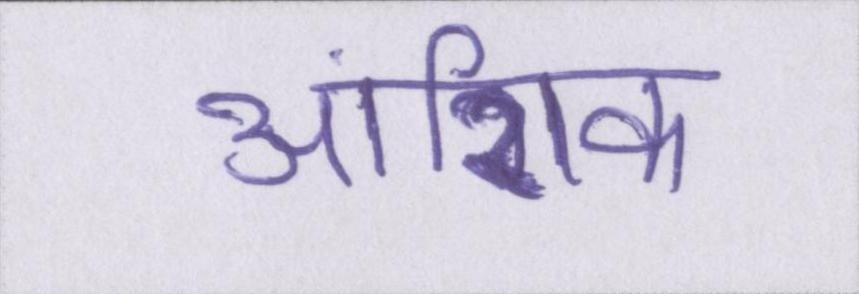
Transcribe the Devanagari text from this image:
आंशिक